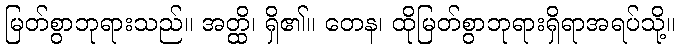
မြတ်စွာဘုရားသည်။ အတ္ထိ၊ ရှိ၏။ တေန၊ ထိုမြတ်စွာဘုရားရှိရာအရပ်သို့။